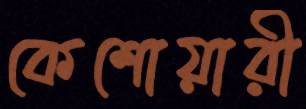
কেশোয়ারী